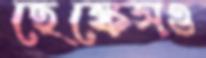
হেঙ্কেসও